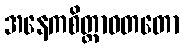
အနေကစိတ္တာဝတတော